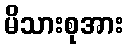
မိသားစုအား